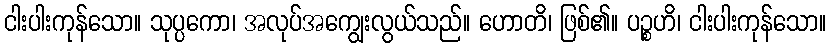
ငါးပါးကုန်သော။ သုပ္ပကော၊ အလုပ်အကျွေးလွယ်သည်။ ဟောတိ၊ ဖြစ်၏။ ပဉ္စဟိ၊ ငါးပါးကုန်သော။